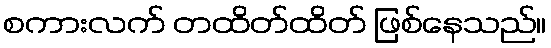
စကားလက် တထိတ်ထိတ် ဖြစ်နေသည်။